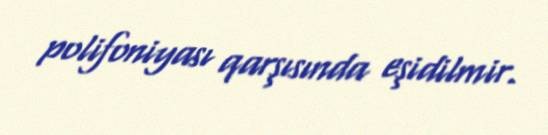
polifoniyası qarşısında eşidilmir.